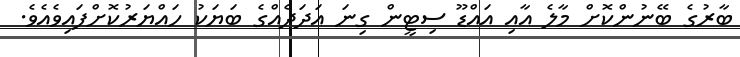
ބާރުގެ ބޭނުންކޮށް މާލެ އާއި އައްޑޫ ސިޓީން ގިނަ އަދަދެއްގެ ބަޔަކު ހައްޔަރުކޮށްފައިވެއެވެ.